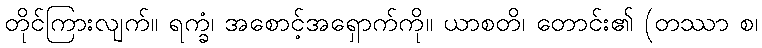
တိုင်ကြားလျက်။ ရက္ခံ၊ အစောင့်အရှောက်ကို။ ယာစတိ၊ တောင်း၏ (တဿာ စ၊